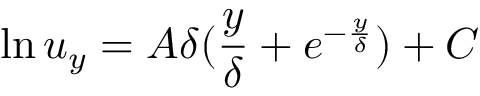
\ln u _ { y } = A \delta ( \frac { y } { \delta } + e ^ { - \frac { y } { \delta } } ) + C